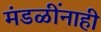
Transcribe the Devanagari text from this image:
मंडळींनाही